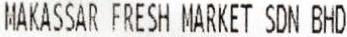
MAKASSAR FRESH MARKET SDN BHD